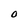
Character: O